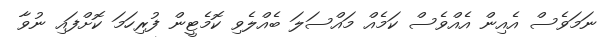
ނަމަވެސް އެއިން އެއްވެސް ކަމެއް މައްސަލަ ބެއްލެވި ކޮމެޓީން ފުރިހަމަ ކޮށްފައި ނުވާ